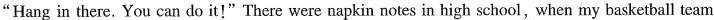
"Hang in there. You can do it!"There were napkin notes in high school,when my basketball team